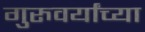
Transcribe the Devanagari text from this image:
गुरुवर्यांच्या